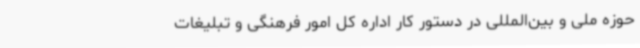
حوزه ملی و بین‌المللی در دستور کار اداره کل امور فرهنگی و تبلیغات